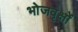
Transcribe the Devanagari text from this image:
भोजवृक्षों